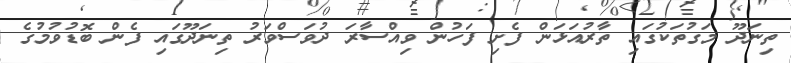
ތިނަދޫ މަގުތަކުގައި ތާރުއަޅަން ފެށި ފަހުން ވިއްސާރަ ދުވަސްވަރު ތިނަދޫގައި ފެން ބޮޑުވުމުގެ